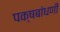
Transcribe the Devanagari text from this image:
पक्षबांधणी